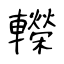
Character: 𨏍